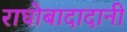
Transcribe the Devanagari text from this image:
राघोबादादानी